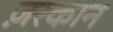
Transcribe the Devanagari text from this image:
ज़रकान